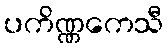
ပကိဏ္ဏကေသီ